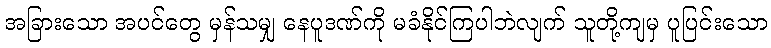
အခြားသော အပင်တွေ မှန်သမျှ နေပူဒဏ်ကို မခံနိုင်ကြပါဘဲလျက် သူတို့ကျမှ ပူပြင်းသော